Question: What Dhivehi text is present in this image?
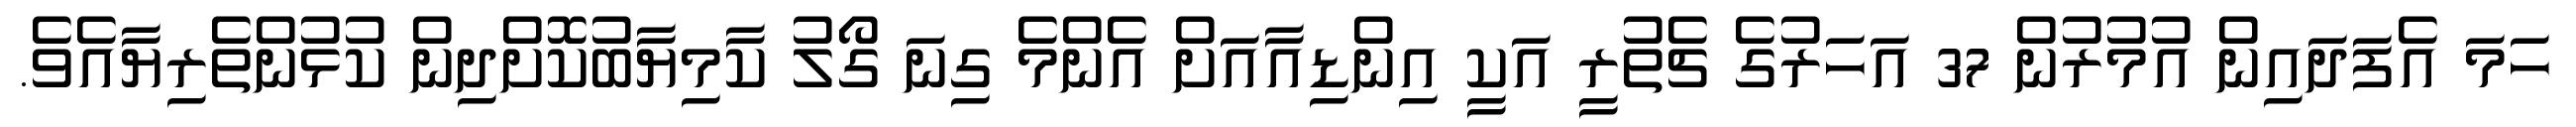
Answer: ހަމަ އެފަދައިން އުމުރުން 37 އަހަރުގެ ޗެތުރީ އަކީ އިންޑިއާއަށް އެންމެ ގިނަ ގޯލު ކާމިޔާބުކޮށްދިން ކުޅުންތެރިޔާއެވެ.